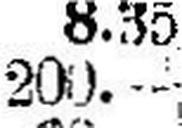
200.—